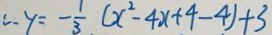
\therefore y = - \frac { 1 } { 3 } ( x ^ { 2 } - 4 x + 4 - 4 ) + 3